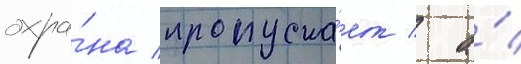
охра́на пропуска́ет / а́